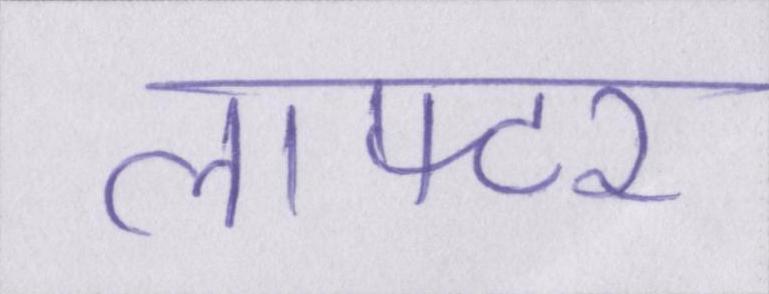
लाफ्टर